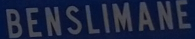
BENSLIMANE